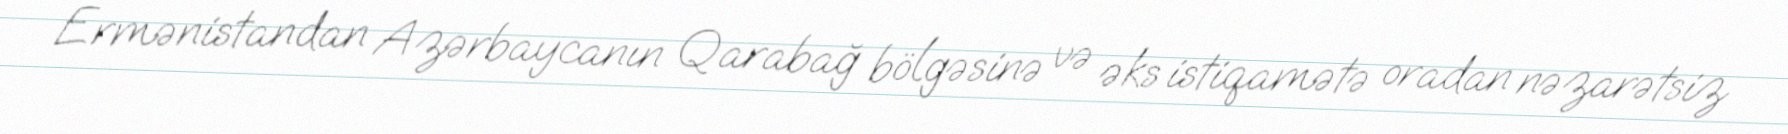
Ermənistandan Azərbaycanın Qarabağ bölgəsinə və əks istiqamətə oradan nəzarətsiz